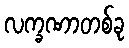
လက္ခဏာတစ်ခု